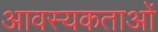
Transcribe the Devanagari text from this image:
आवस्यकताओं